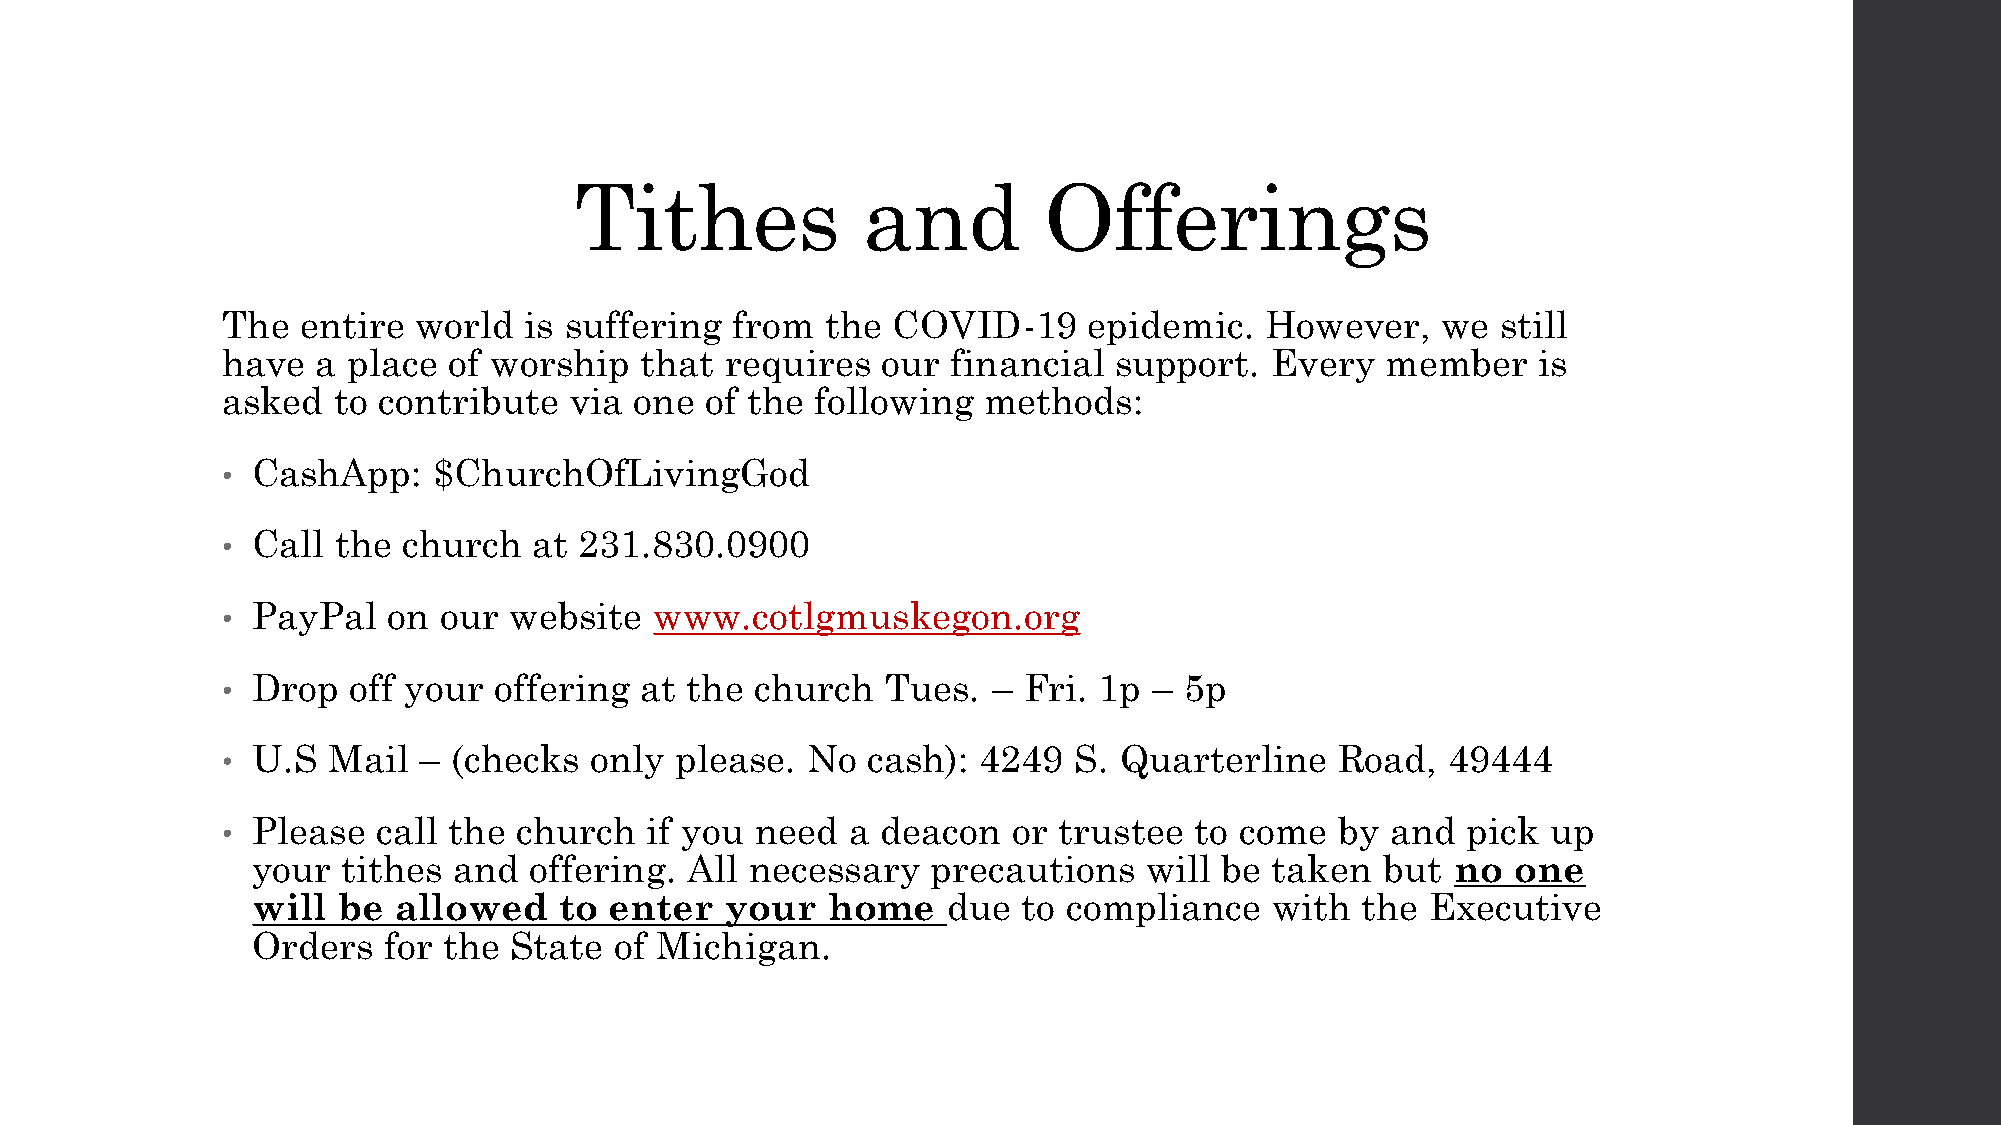
Tithes             and         Offerings
 The  entire world   is suffering from   the COVID-19     epidemic.   However,   we  still
 have  a place  of worship  that  requires  our  financial  support.  Every   member    is
 asked  to contribute   via one  of the following  methods:
 CashApp:    $ChurchOfLivingGod
 •
 Call the  church  at 231.830.0900
 •
 PayPal   on our  website  www.cotlgmuskegon.org
 •
 Drop  off your  offering at the  church   Tues.  – Fri. 1p – 5p
 •
 U.S  Mail  – (checks  only  please. No  cash):  4249  S. Quarterline    Road,  49444
 •
 Please  call the church   if you need  a deacon   or trustee  to come   by and  pick  up
 •
 your  tithes and  offering. All  necessary   precautions   will be taken  but  no  one
 will be  allowed    to enter   your   home    due  to compliance   with  the  Executive
 Orders  for the  State  of Michigan.